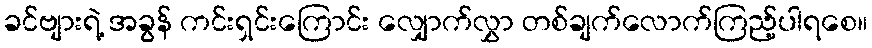
ခင်ဗျားရဲ့ အခွန် ကင်းရှင်းကြောင်း လျှောက်လွှာ တစ်ချက်လောက်ကြည့်ပါရစေ။